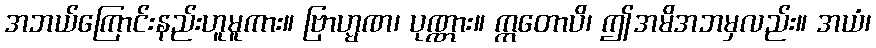
အဘယ်ကြောင်းနည်းဟူမူကား။ ဗြာဟ္မဏ၊ ပုဏ္ဏား။ ဣတောပိ၊ ဤအမိအဘမှလည်း။ အယံ၊